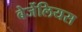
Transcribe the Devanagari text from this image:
बेर्जेलियस